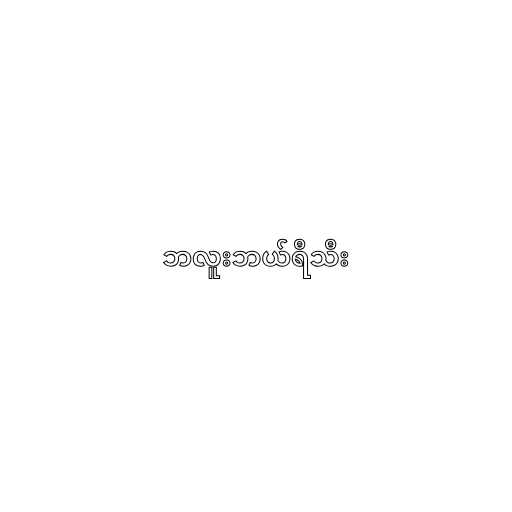
ဘလူးဘယ်ရီသီး